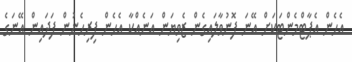
އެހެން އެޕާޓްމެންޓަކަށް އޭނަ ފޮނުވާލައިގެން ޒެވިޔަން އަނެއްކާ އެހެން ފިރިހެނުން ފަދައިން އޭނަގެ